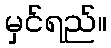
မှင်ရည်။